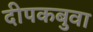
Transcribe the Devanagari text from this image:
दीपकबुवा